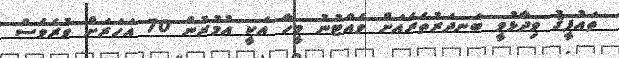
ތައުފީޤު ވިދާޅުވީ ބަނދަރުތެރެއަށް ވެއްޓުނު މީހާ އަކީ އުމުރުން 70 އަހަރަށް ވުރެވެސް